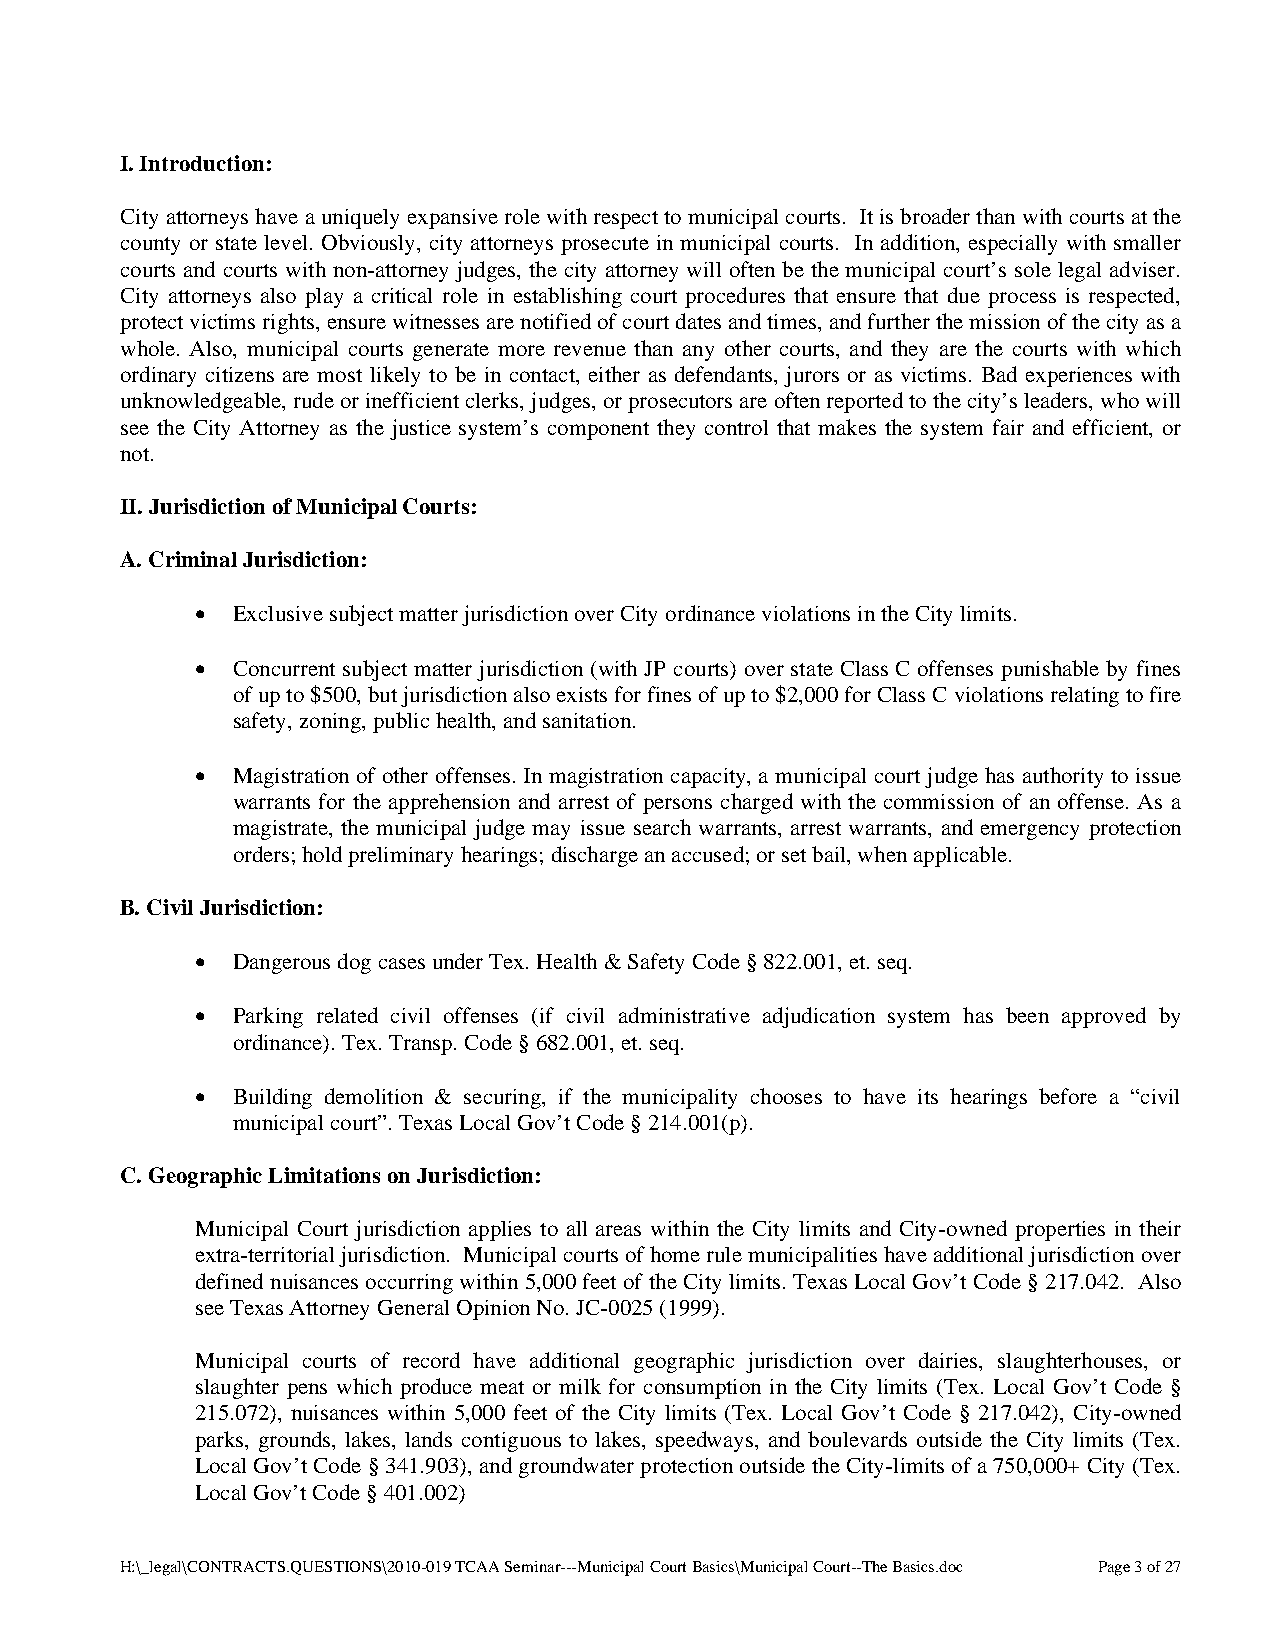
I. Introduction:
 City attorneys have a uniquely expansive role with respect to municipal courts. It is broader than with courts at the
 county or state level. Obviously, city attorneys prosecute in municipal courts. In addition, especially with smaller
 courts and courts with non-attorney judges, the city attorney will often be the municipal court’s sole legal adviser.
 City attorneys also play a critical role in establishing court procedures that ensure that due process is respected,
 protect victims rights, ensure witnesses are notified of court dates and times, and further the mission of the city as a
 whole. Also, municipal courts generate more revenue than any other courts, and they are the courts with which
 ordinary citizens are most likely to be in contact, either as defendants, jurors or as victims. Bad experiences with
 unknowledgeable, rude or inefficient clerks, judges, or prosecutors are often reported to the city’s leaders, who will
 see the City Attorney as the justice system’s component they control that makes the system fair and efficient, or
 not.
 II. Jurisdiction of Municipal Courts:
 A. Criminal Jurisdiction:
  Exclusive subject matter jurisdiction over City ordinance violations in the City limits.
  Concurrent subject matter jurisdiction (with JP courts) over state Class C offenses punishable by fines
 of up to $500, but jurisdiction also exists for fines of up to $2,000 for Class C violations relating to fire
 safety, zoning, public health, and sanitation.
  Magistration of other offenses. In magistration capacity, a municipal court judge has authority to issue
 warrants for the apprehension and arrest of persons charged with the commission of an offense. As a
 magistrate, the municipal judge may issue search warrants, arrest warrants, and emergency protection
 orders; hold preliminary hearings; discharge an accused; or set bail, when applicable.
 B. Civil Jurisdiction:
  Dangerous dog cases under Tex. Health & Safety Code § 822.001, et. seq.
  Parking related civil offenses (if civil administrative adjudication system has been approved by
 ordinance). Tex. Transp. Code § 682.001, et. seq.
  Building demolition & securing, if the municipality chooses to have its hearings before a “civil
 municipal court”. Texas Local Gov’t Code § 214.001(p).
 C. Geographic Limitations on Jurisdiction:
 Municipal Court jurisdiction applies to all areas within the City limits and City-owned properties in their
 extra-territorial jurisdiction. Municipal courts of home rule municipalities have additional jurisdiction over
 defined nuisances occurring within 5,000 feet of the City limits. Texas Local Gov’t Code § 217.042. Also
 see Texas Attorney General Opinion No. JC-0025 (1999).
 Municipal courts of record have additional geographic jurisdiction over dairies, slaughterhouses, or
 slaughter pens which produce meat or milk for consumption in the City limits (Tex. Local Gov’t Code §
 215.072), nuisances within 5,000 feet of the City limits (Tex. Local Gov’t Code § 217.042), City-owned
 parks, grounds, lakes, lands contiguous to lakes, speedways, and boulevards outside the City limits (Tex.
 Local Gov’t Code § 341.903), and groundwater protection outside the City-limits of a 750,000+ City (Tex.
 Local Gov’t Code § 401.002)
 H:\_legal\CONTRACTS.QUESTIONS\2010-019 TCAA Seminar---Municipal Court Basics\Municipal Court--The Basics.doc Page 3 of 27